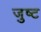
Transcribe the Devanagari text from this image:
जुष्ट